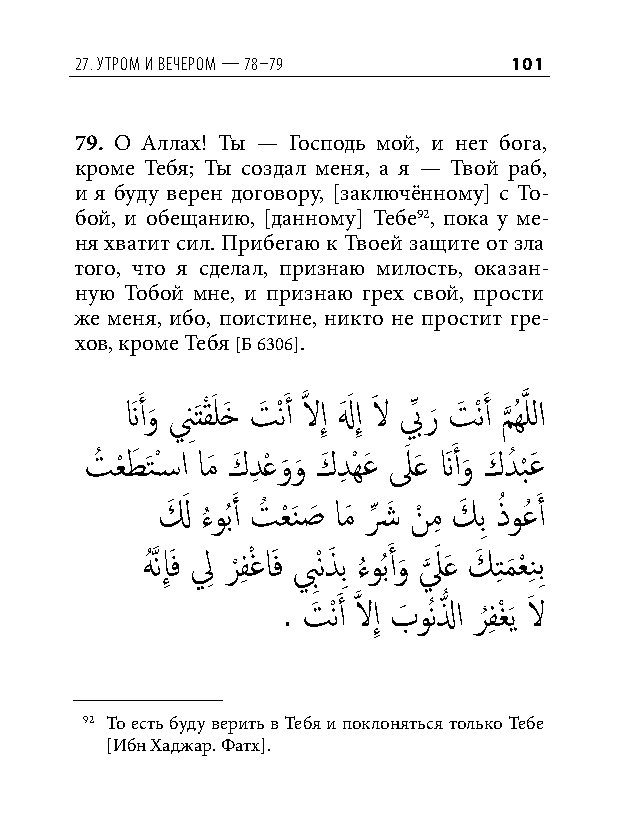
27. утром и вечером — 78–79  101
 79. О Аллах! Ты — Господь мой, и нет бога,
 кроме Тебя; Ты создал меня, а я — Твой раб,
 и я буду верен договору, [заключённому] с То-
 бой, и обещанию, [данному] Тебе92, пока у ме-
 ня хватит сил. Прибегаю к Твоей защите от зла
 того, что я сделал, признаю милость, оказан-
 ную Тобой мне, и признаю грех свой, прости
 же меня, ибо, поистине, никто не простит гре-
 хов, кроме Тебя [Б 6306].
 نََ أو
 َ
 نَِتقْ َ لخَ تَ ْنَ أ َّذ لاإِ لهَ َ إِ لاَ بِّ ر
 َ
 تَ ْنَ أ م
 َّذ
 ُهَّذ للا
 تُ عْ طَ َتْس�ا امَ كَ دِ عْ و
 َ
 و
 َ
 كَ دِ ْهعَ لَ َع نََ أو
 َ
 كَ دُ ب
 ْ
 عَ
 لَ َ ء
 ُ
 وُبَ أ تُ عْ َنصَ امَ شِّ َ نْ مِ كَ بِ ذُ وعُ َ أ
 هَُّذنإَِف لِ ر ْ فِ ْغاَف بِْنذَ بِ ء ُ وُبَ أو َ ل َّذ َ َع كَ تِ م َ عْ نِ بِ
 . تَ ْنَ أ َّذ لاإِ بَ وُنلُّ ا ر
 ُ
 فِ غْ َي لاَ
 92 То есть буду верить в Тебя и поклоняться только Тебе
 [Ибн Хаджар. Фатх].